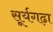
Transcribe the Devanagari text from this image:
सूर्यगढ़ा